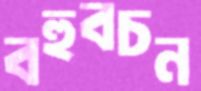
বহুবচন